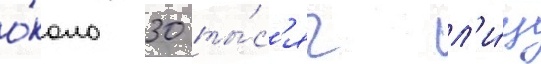
о́коло 30 ты́с'яч л'и́ц